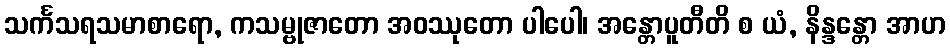
သင်္ကသရသမာစာရော, ကသမ္ဗုဇာတော အဝဿုတော ပါပေါ၊ အန္တောပူတီတိ စ ယံ, နိန္ဒန္တော အာဟ